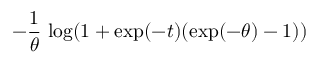
- { \frac { 1 } { \theta } } \, \log ( 1 + \exp ( - t ) ( \exp ( - \theta ) - 1 ) )